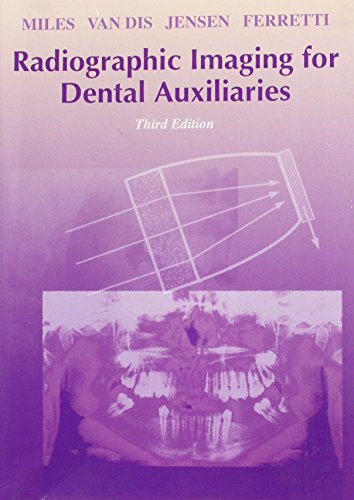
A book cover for Radiographic Imaging for Dental Auxiliaries, 3e; Dale A. Miles BA  DDS  MS  FRCD; Medical Books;